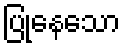
ပြုနေသော